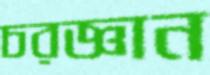
চরজ্ঞান